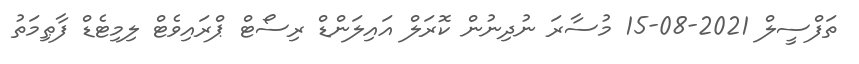
ތަފްސީލް 2021-08-15 މުސާރަ ނުދިނުން ކޮރަލް އައިލަންޑް ރިސޯޓް ޕްރައިވެޓް ލިމިޓެޑް ފާޠިމަތު